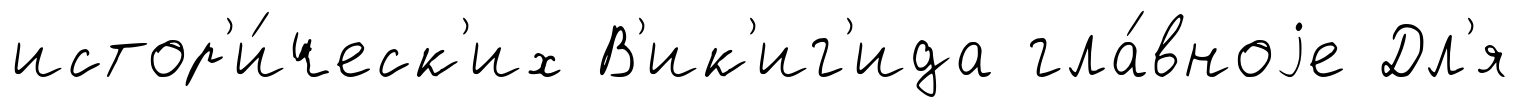
истор'и́ческ'их В'ик'иг'ида гла́вноjе Дл'я